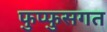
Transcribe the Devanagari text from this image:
फुप्फुसगत